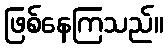
ဖြစ်နေကြသည်။